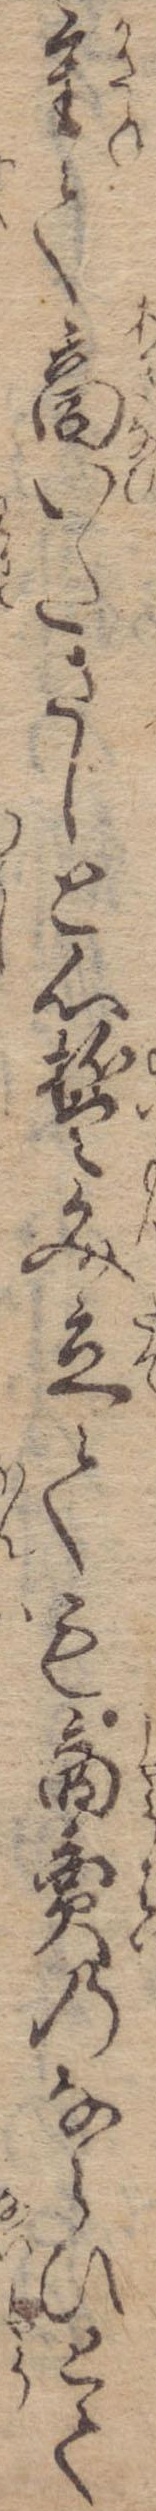
重て商いたさしと心誓文立ても商売のならひとて